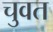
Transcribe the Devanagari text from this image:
चुवत